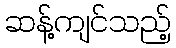
ဆန့်ကျင်သည့်